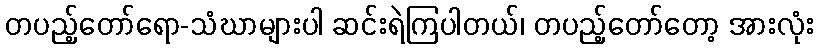
တပည့်တော်ရော-သံဃာများပါ ဆင်းရဲကြပါတယ်၊ တပည့်တော်တော့ အားလုံး